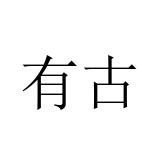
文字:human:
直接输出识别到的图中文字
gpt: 有古